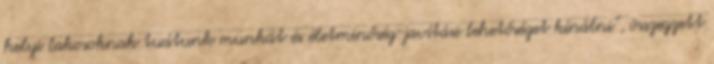
helyi lakosoknak tudtunk munkát és életminőség-javítási lehetőséget kínálni”, összegzett